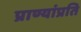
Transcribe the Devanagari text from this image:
प्राण्यांप्रति